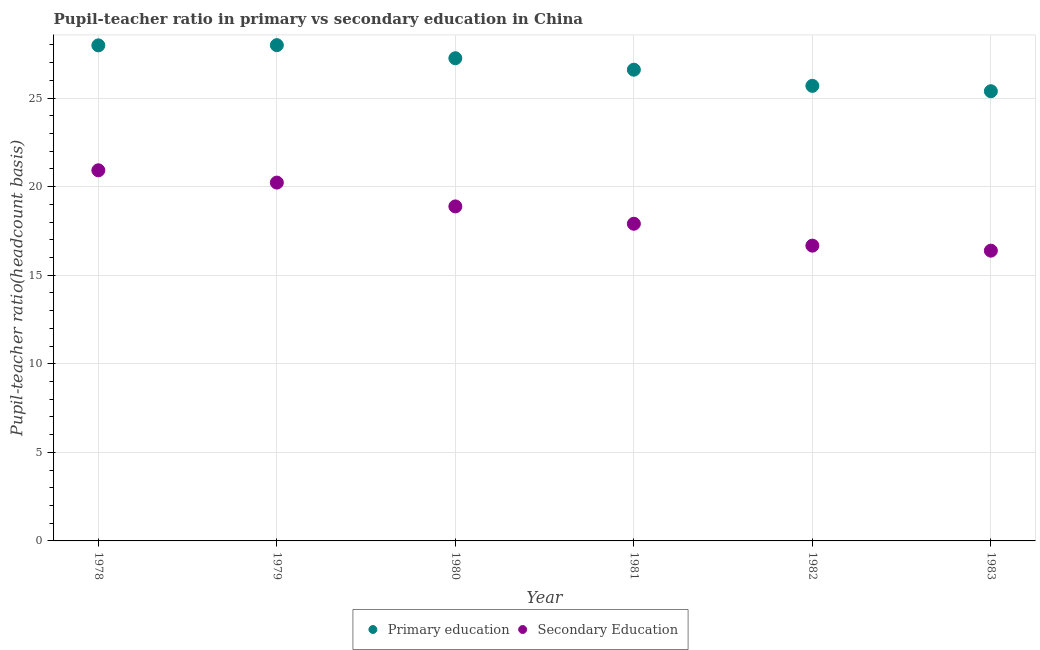
| Year | Primary education | Secondary Education |
 | --- | --- | --- |
 | 1978 | 28 | 20.9 |
 | 1979 | 28 | 20.2 |
 | 1980 | 27.2 | 18.9 |
 | 1981 | 26.6 | 17.9 |
 | 1982 | 25.7 | 16.7 |
 | 1983 | 25.4 | 16.4 |